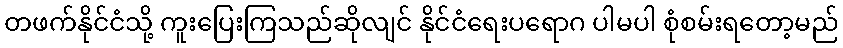
တဖက်နိုင်ငံသို့ ကူးပြေးကြသည်ဆိုလျင် နိုင်ငံရေးပရောဂ ပါမပါ စုံစမ်းရတော့မည်